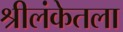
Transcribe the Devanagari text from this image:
श्रीलंकेतला